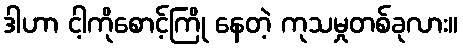
ဒါဟာ ငါ့ကိုစောင့်ကြို နေတဲ့ ကုသမှုတစ်ခုလား။